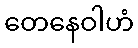
တေနေဝါဟံ